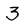
Character: 3